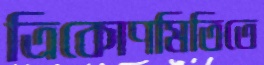
ত্রিকোণমিতিতে